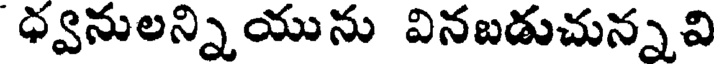
ధ్వనులన్నియును వినబడుచున్నవి